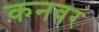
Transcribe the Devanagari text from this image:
कनवर